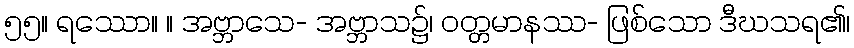
၅၅။ ရဿော။ ။ အဗ္ဘာသေ- အဗ္ဘာသ၌၊ ဝတ္တမာနဿ- ဖြစ်သော ဒီဃသရ၏၊